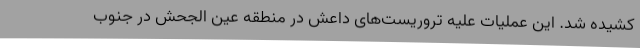
کشیده شد. این عملیات علیه تروریست‌های داعش در منطقه عین الجحش در جنوب